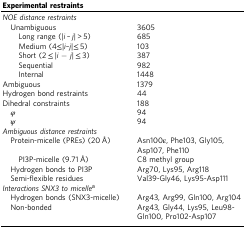
<table><thead><tr><td colspan="2"><b>Experimental restraints</b></td></tr></thead><tbody><tr><td colspan="2"><i>NOE distance restraints</i></td></tr><tr><td> Unambiguous</td><td>3605</td></tr><tr><td>Long range (|<i>i</i> –<i> j</i>| &gt; 5)</td><td>685</td></tr><tr><td>Medium (4≤|<i>i</i>–<i>j</i>|≤ 5)</td><td>103</td></tr><tr><td>Short (2 ≤ |<i>i</i> − <i>j</i>| ≤ 3)</td><td>387</td></tr><tr><td>Sequential</td><td>982</td></tr><tr><td>Internal</td><td>1448</td></tr><tr><td>Ambiguous</td><td>1379</td></tr><tr><td>Hydrogen bond restraints</td><td>44</td></tr><tr><td>Dihedral constraints</td><td>188</td></tr><tr><td> <i>φ</i></td><td>94</td></tr><tr><td> <i>ψ</i></td><td>94</td></tr><tr><td colspan="2"><i>Ambiguous distance restraints</i></td></tr><tr><td> Protein-micelle (PREs) (20 Å)</td><td>Asn100ε, Phe103, Gly105, Asp107, Phe110</td></tr><tr><td>PI3P-micelle (9.71 Å)</td><td>C8 methyl group</td></tr><tr><td> Hydrogen bonds to PI3P</td><td>Arg70, Lys95, Arg118</td></tr><tr><td> Semi-flexible residues</td><td>Val39-Gly46, Lys95-Asp111</td></tr><tr><td colspan="2"><i>Interactions SNX3 to micelle</i><sup>a</sup></td></tr><tr><td> Hydrogen bonds (SNX3-micelle)</td><td>Arg43, Arg99, Gln100, Arg104</td></tr><tr><td> Non-bonded</td><td>Arg43, Gly44, Lys95, Leu98-Gln100, Pro102-Asp107</td></tr></tbody></table>